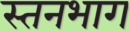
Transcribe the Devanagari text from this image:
स्तनभाग